Annual report on the mental hospital in the Central Provinces and Berar (Nagpur) - 1927-1951
Year: 1927
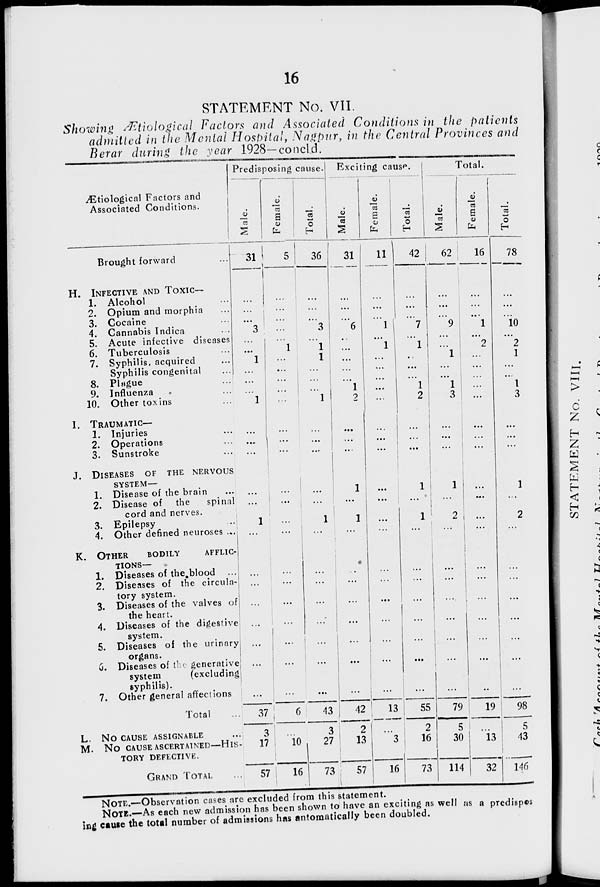
16
STATEMENT No. VII.
Showing Ætiological Factors and Associated Conditions in the patients
admitted in the Mental Hospital, Nagpur, in the Central Provinces and
Berar during the year 1928—concld.
Ætiological Factors and
Associated Conditions.
Brought forward ...
H. INFECTIVE AND TOXIC—
1. Alcohol ...
2. Opium and morphia ...
3. Cocaine ...
4. Cannabis Indica ...
5. Acute infective diseases ...
6. Tuberculosis ...
7. Syphilis, acquired ...
Syphilis congenital ...
8. Plague ...
9. Influenza ...
10. Other toxins ...
I. TRAUMATIC—
1. Injuries ...
2. Operations ...
3. Sunstroke ...
J. DISEASES OF THE NERVOUS
SYSTEM—
1. Disease of the brain ...
2. Disease of the
spinal
cord and nerves.
3. Epilepsy ...
4. Other defined neuroses ...
K. OTHER
BODILY
AFFLIC-
-----—
1. Diseases of the blood ...
2. Diseases of the circula-
tory system.
3. Diseases of the valves of
the heart.
4. Diseases of the digestive
system.
5. Diseases of the urinary
organs.
6. Diseases of the generative
system
(excluding)
syphilis).
7. Other general affections
Total ...
L. NO CAUSE ASSIGNABLE ...
M. NO CAUSE ASCERTAINED—HIS-
---- DEFECTIVE.
GRAND TOTAL ...
Predisposing cause.
Male.
31
...
...
...
3
...
...
1
...
...
...
1
...
...
...
...
...
1
...
...
...
...
...
...
...
...
37
3
17
57
Female.
5
...
...
...
...
...
1
...
...
...
...
...
...
...
...
...
...
...
...
...
...
...
...
...
...
...
6
...
10
16
Total.
36
...
...
...
3
...
1
1
...
...
...
1
...
...
...
...
...
1
...
...
...
...
...
...
...
...
43
3
27
73
Exciting cause.
Male.
31
...
...
...
6
...
...
...
...
...
1
2
...
...
...
1
...
1
...
...
...
...
...
...
...
...
42
2
13
57
Female.
11
...
...
...
1
...
1
...
...
...
...
...
...
...
...
...
...
...
...
...
...
...
...
...
...
...
13
...
3
16
Total.
42
...
...
...
7
...
1
...
...
...
1
2
...
...
...
1
...
1
...
...
...
...
...
...
...
...
55
2
16
73
Total.
Male.
62
...
...
...
9
...
...
1
...
...
1
3
...
...
...
1
...
2
...
...
...
...
...
...
...
...
79
5
30
114
Female.
16
...
...
...
1
...
2
...
...
...
...
...
...
...
...
...
...
...
...
...
...
...
...
...
...
...
19
...
13
32
Total.
78
...
...
...
10
...
2
1
...
...
1
3
...
...
...
1
...
2
...
...
...
...
...
...
...
...
98
5
43
146
NOTE.—Observation cases are excluded from this statement.
NOTE.—As each new admission has been shown to have an exciting as well as a predispos-
ing cause the total number of admissions has automatically been doubled.